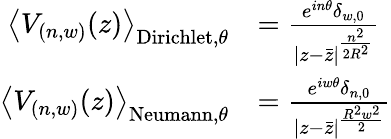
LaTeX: {\begin{array}{rl}{\left\langle V_{(n,w)}(z)\right\rangle_{{\mathrm{Dirichlet}},\theta}}&{={\frac{e^{in\theta}\delta_{w,0}}{|z-{\bar{z}}|^{\frac{n^{2}}{2R^{2}}}}}}\\ {\left\langle V_{(n,w)}(z)\right\rangle_{{\mathrm{Neumann}},\theta}}&{={\frac{e^{iw\theta}\delta_{n,0}}{|z-{\bar{z}}|^{\frac{R^{2}w^{2}}{2}}}}}\end{array}}